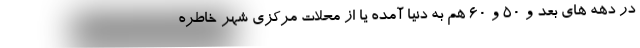
در دهه های بعد و 50 و 60 هم به دنیا آمده یا از محلات مرکزی شهر خاطره